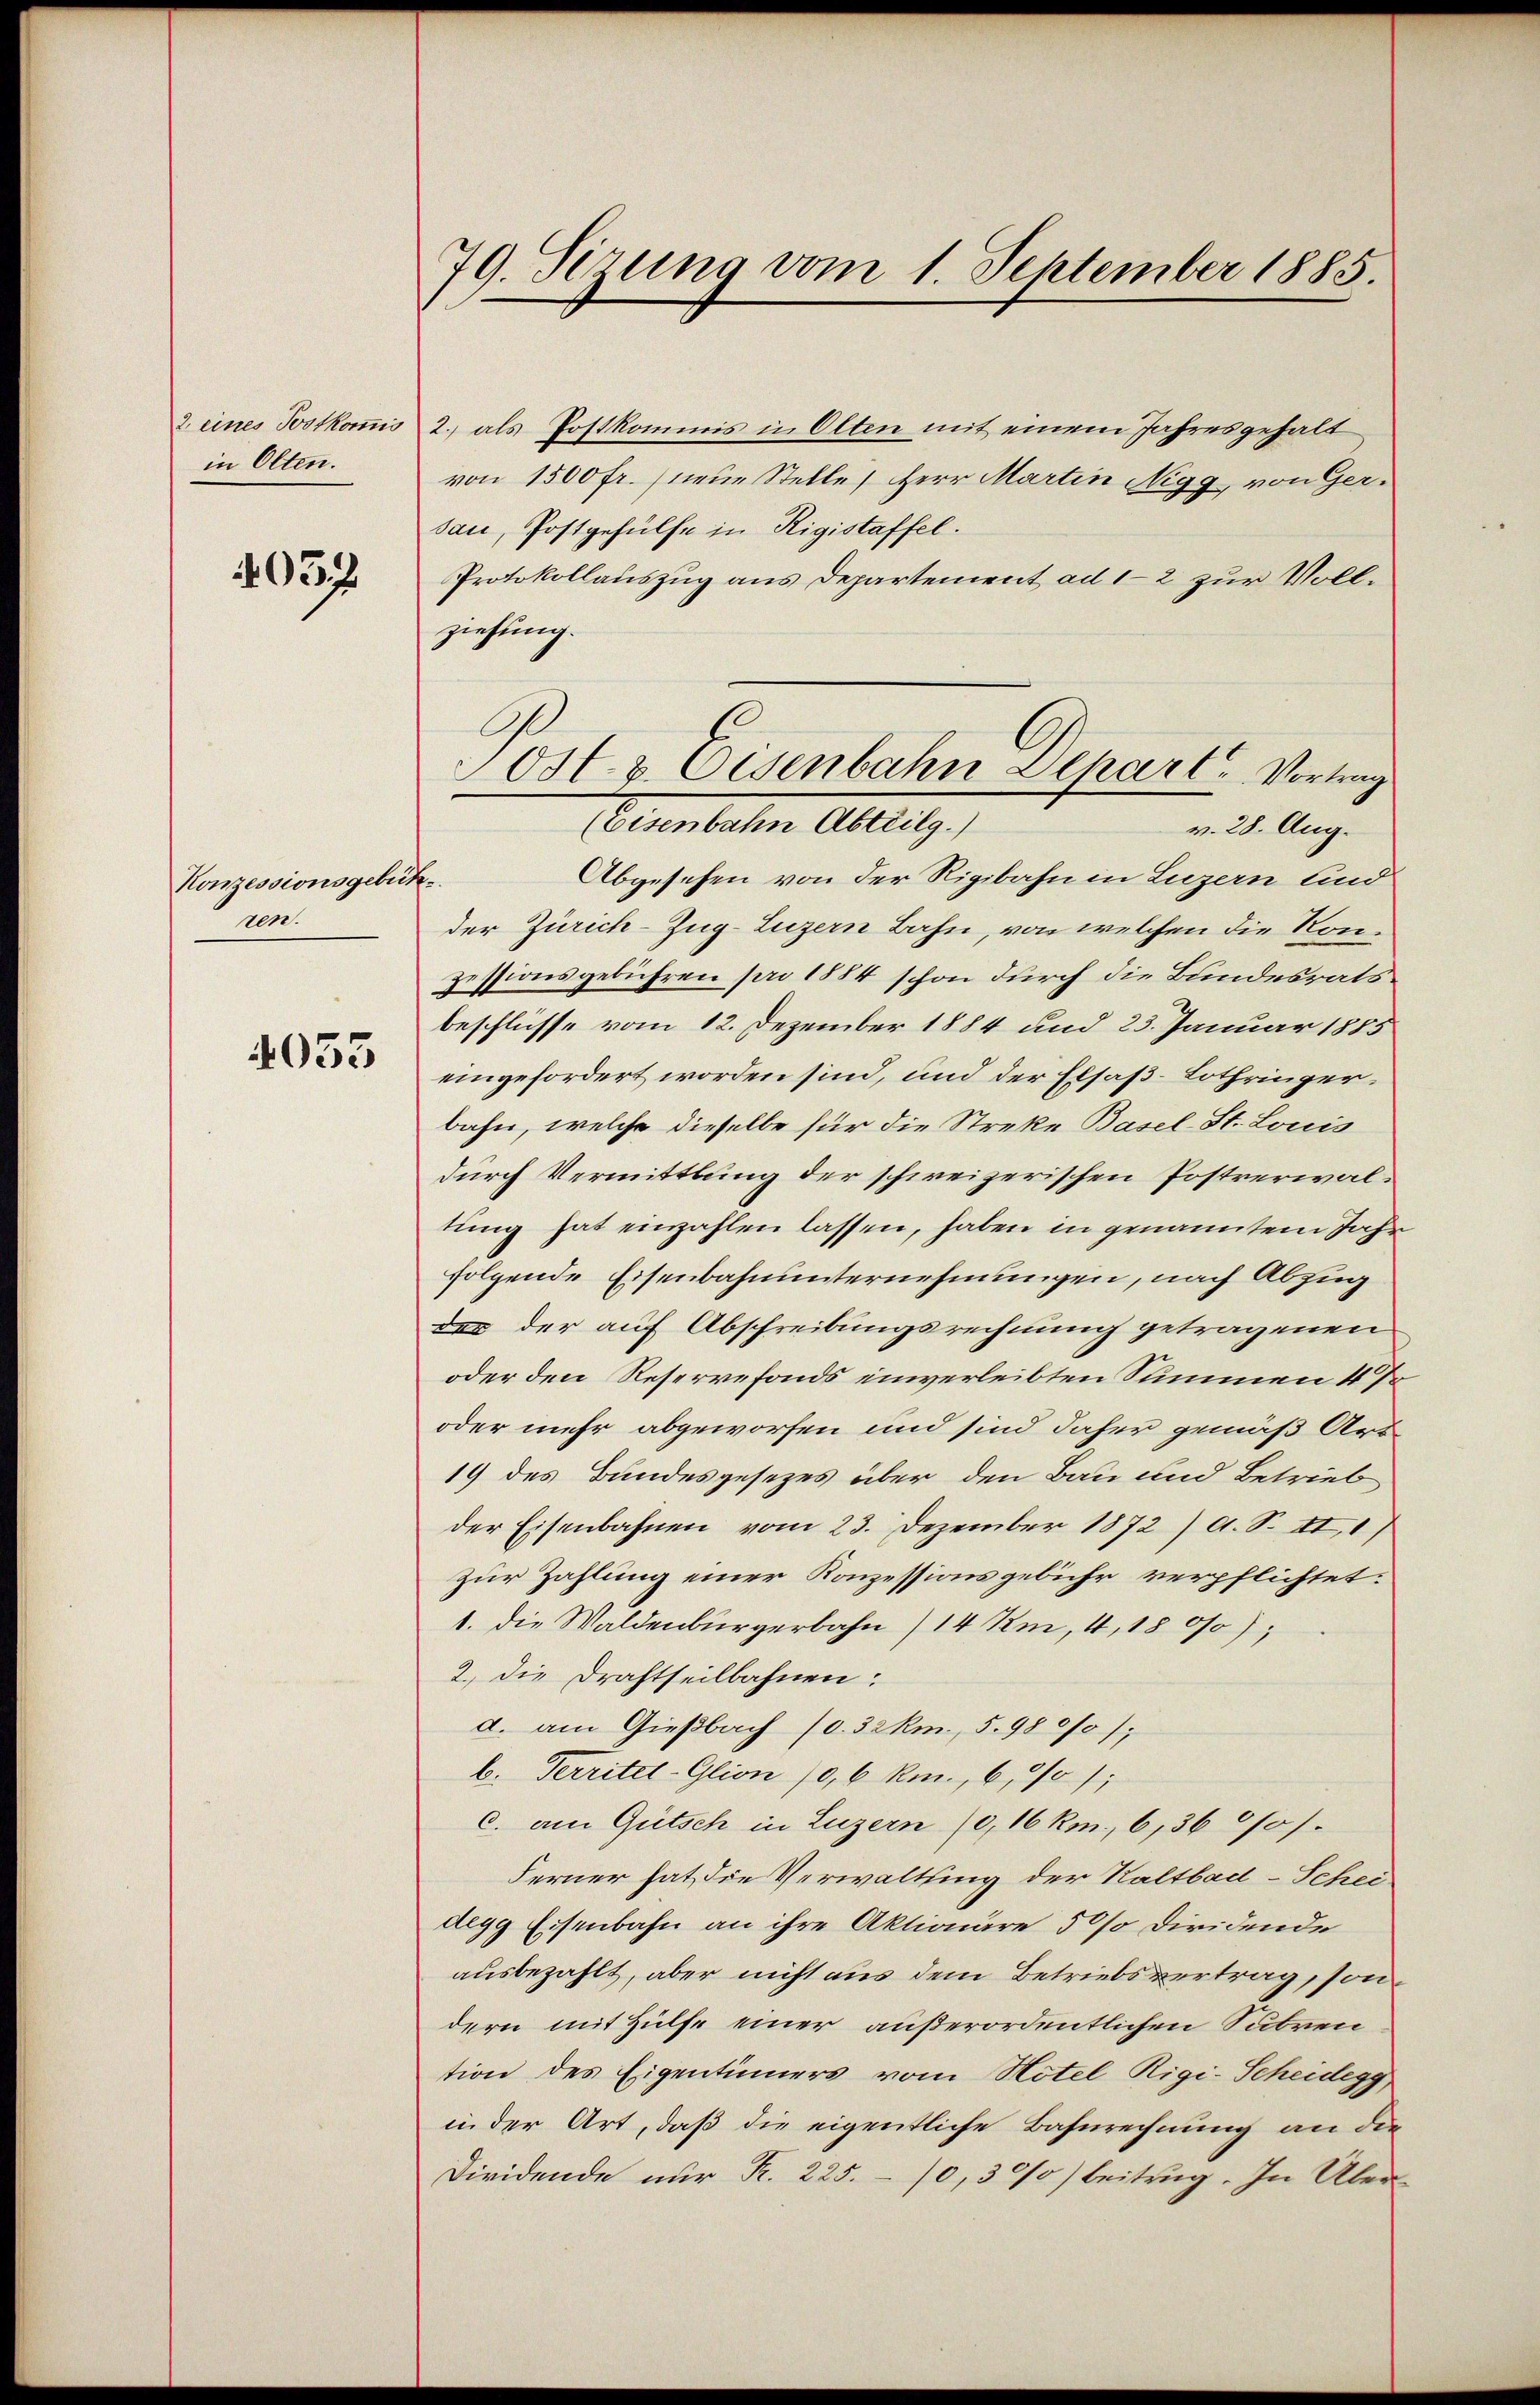
2. eines Postkomis
in Olten.

4057

Konzessionsgebüh
ren.

4053

79. Sizung vom 1. September 1885.

2.) als Postkommis in Olten mit einem Jahresgehalt
von 1500 fr. neue Stelle, Herr Martin Nigg, von Gersau, Postgehülfe in Rigistaffel.
Protokollauszug aus Departement ad 1-2 zur Vollziehung.
v. 28. Aug.
Abgesehen von der Rigibahn in Luzern und
der Zürich–Zug–Luzern Bahn, von welchen die Konzessionsgebühren pro 1884 schon durch die Bundesratsbeschlüsse vom 12. Dezember 1884 und 25. Januar 1885
eingefordert worden sind, und der Elsaß-Lothringerbahn, welche dieselbe für die Streke Basel-St. Louis
durch Vermittlung der schweizerischen Postverwaltŭng hat einzahlen lassen, haben in genanntem Jahr
folgende Eisenbahnunternehmungen, nach Abzug
de der auf Abschreibungsrechnung getragenen
oder den Reservefonds einverleibten Summen 4 %
oder mehr abgeworfen und sind daher gemäß Art
19 des Bundesgesezes über den Bau und Betrieb
der Eisenbahnen vom 23. Dezember 1872) A. S. II, 1)
zur Zahlung einer Konzessionsgebühr verpflichtet:
1. die Waldenburgerbahn /14 Km, 4, 18 0/0);
2.) Die Drahtseilbahnen:
d. am Gießbach (0.32km, 5. 980/0);
b. Territel-Glion /0,6 km, 6, 301;
c. am Gütsch in Luzern (0,16 km., 6,36 0/0/.
Ferner hat, die Verwaltung der Kaltbad-Scheidegg Eisenbahn an ihre Aktionäre 50% diridende
ausbezahlt, aber nicht aus dem Betriebsvertrag, sondern mit Hülfe einer außerordentlichen Subren
tion des Eigentümers vom Hotel Rigi-Scheidegg
in der Art, daß die eigentliche Bahnrechnung an die
Diridende nur R. 225. - 10,30/0) beitrug. In Über

Ost- & Eisenbahn Depart. Vortrag
(Eisenbahn Abteilg.)